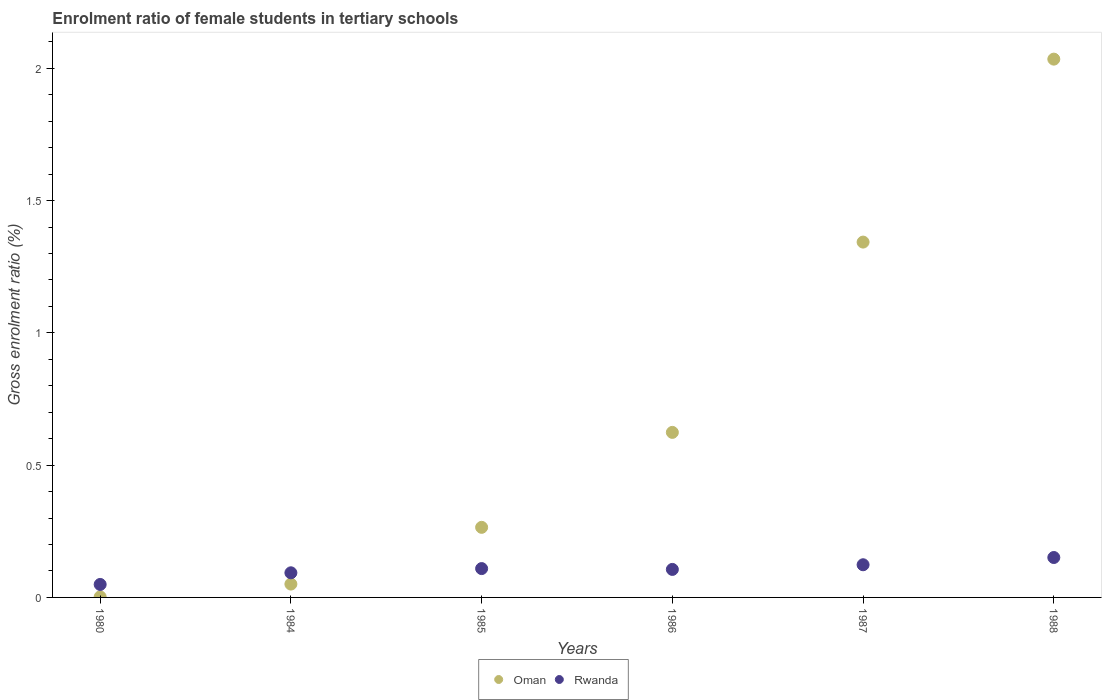
| Years | Oman | Rwanda |
 | --- | --- | --- |
 | 1980 | 0.0022 | 0.049 |
 | 1984 | 0.0505 | 0.093 |
 | 1985 | 0.265 | 0.109 |
 | 1986 | 0.624 | 0.106 |
 | 1987 | 1.34 | 0.123 |
 | 1988 | 2.03 | 0.151 |